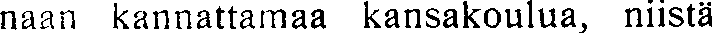
naan kannattamaa kansakoulua, niistä